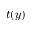
t ( y )